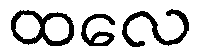
ထလေ